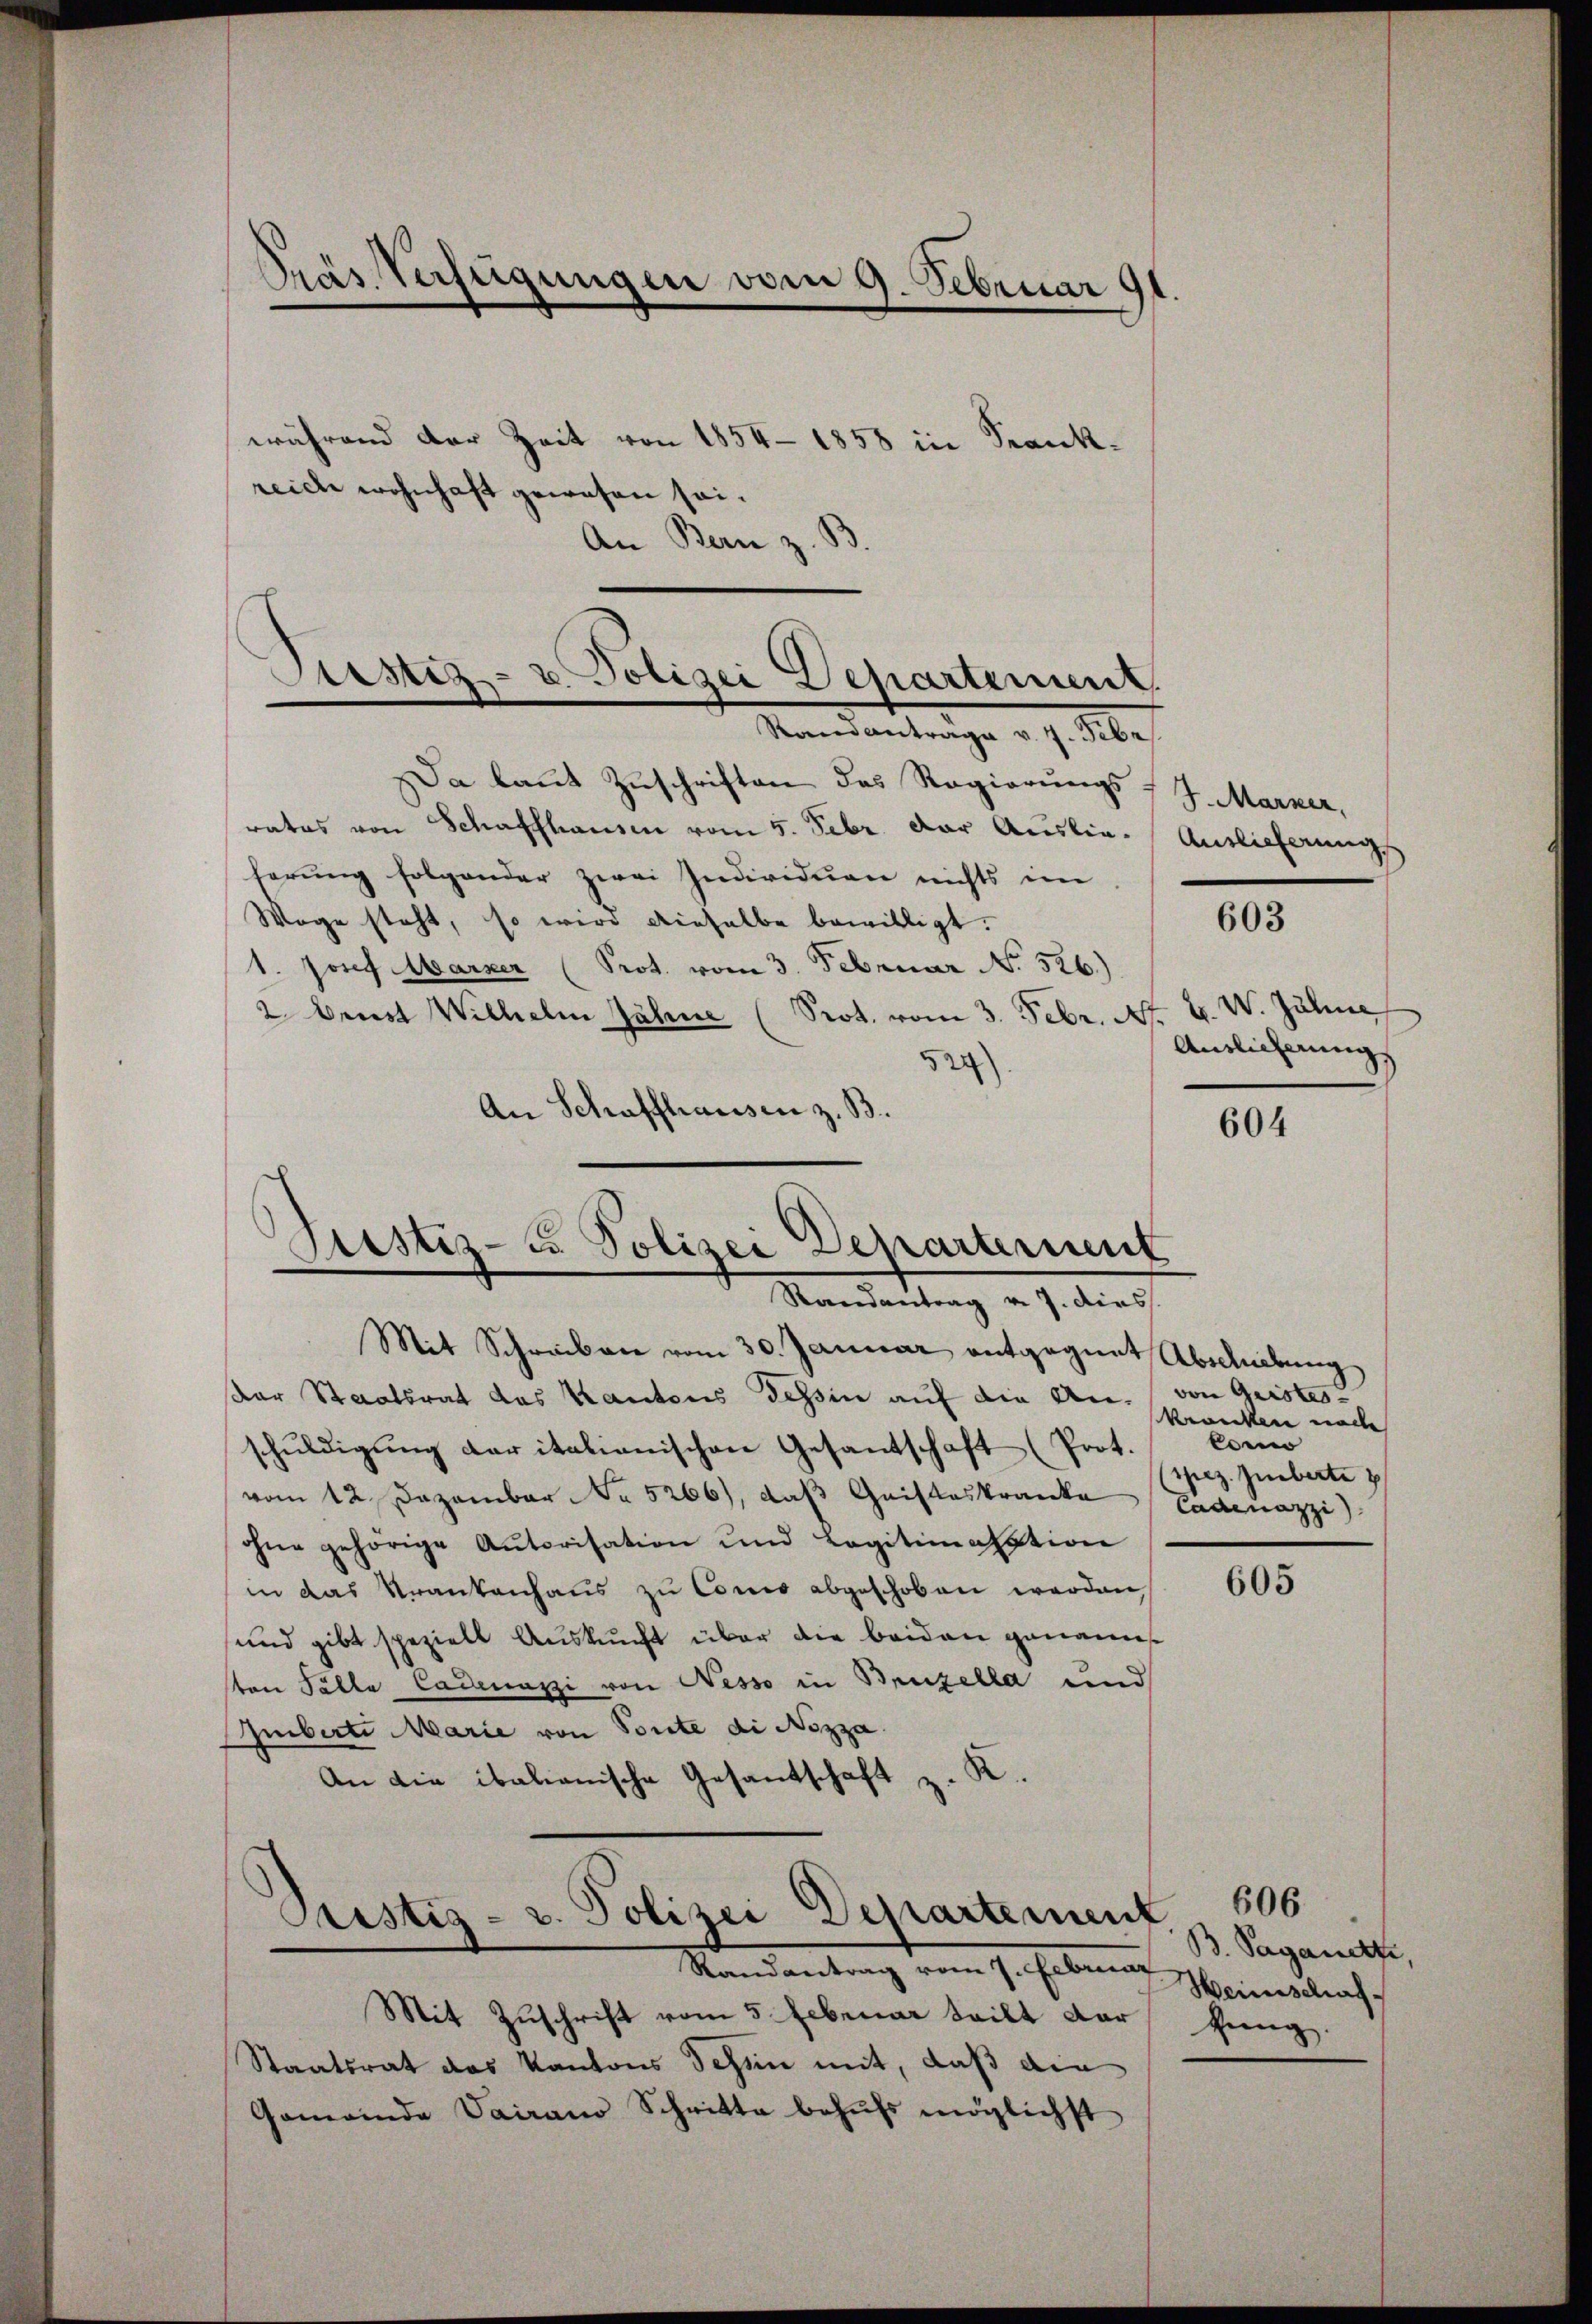
Pras Verfügungen vom 9. Februar 91.

während der Zeit von 1854 - 1858 in Krankreiche wohnhaft gewesen sei.
An Bern z. B.

Sistiz- u. Polizei Departement
Randantrage v. 4. Febr.

Da laŭt Zŭschriften das Regierungs-
rates von Schaffhausen vom 5. Febr. der Auslieherung folgender zwei Individuen nichts im
Wage steht, so wird dieselbe bewilligt.
1 Josef Marzer (Prot. vom 3. Februar No. 526.)
2. Brust Wilhelm Jähne (Prot. vom 3. Febr. 17.
524)
An Schaffhausen z. B.
Randantrag v. 7. dies
Mit Schreiben vom 30. Januar entgegnet Abschiebung
ar Staatsrat das Kantons Tessin auf die Anschŭldigŭng der italienischen Gesantschaft (Prot.
vom 12. Dezember No 5266), daß Geisteskranke
ohne gehörige Autorisation und Legitimatation
in das Krankenhaus zu Como abgeschoben werden,
und gibt speziell Auskunft über die beiden genannsten Palle Cadenazzi von Nesso in Bruzella und
Imberte Marie von Toute di Nizza
2.
An die ibalianische Gesantschaft,

Justiz- u. Polizei Departerient

Justiz- u. Polizei Departement

J. Marker,
Auslieferung

Randantrag vom 7. Februar Ministraf
Mit Zuschrift vom 5. Februar teilt dar
Staatsrat das Kantons Schen mit, daß ain
Gemeinde Vairano Schritte behŭfs möglichst

603

Z. W. Zähne
Antlicherung

604

von Quistes-
kranken noch
lomo
spez. Zuberte
Cadenazzi)

605

606
B. Pagantz
tung.